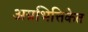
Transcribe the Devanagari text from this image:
अग्रभित्तिकेत